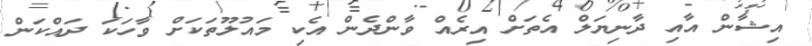
އިޝާން އާއި ދާނިޔަލް އެތަށް އިރެއް ވާންދެން އެކި މައުލޫތަކަށް ވާހަކަ ދައްކަން